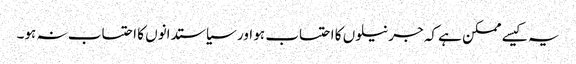
یہ کیسے ممکن ہے کہ جرنیلوں کا احتساب ہو اور سیاستدانوں کا احتساب نہ ہو۔